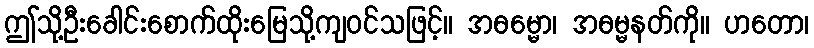
ဤသို့ဦးခေါင်းစောက်ထိုးမြေသို့ကျဝင်သဖြင့်။ အဓမ္မော၊ အဓမ္မနတ်ကို။ ဟတော၊